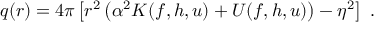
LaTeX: q ( r ) = 4 \pi \left[ r ^ { 2 } \left( \alpha ^ { 2 } { \cal K } ( f , h , u ) + { \cal U } ( f , h , u ) \right) - \eta ^ { 2 } \right] \ .